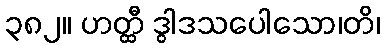
၃၈၂။ ဟတ္ထီ ဒွါဒသပေါသော၊တိ၊